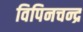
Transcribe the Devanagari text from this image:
विपिनचन्द्र